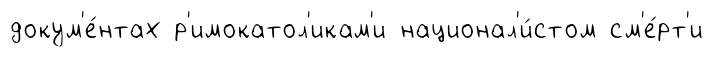
докум'е́нтах р'имокатол'икам'и национал'и́стом см'е́рт'и